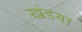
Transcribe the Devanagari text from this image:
खंडया